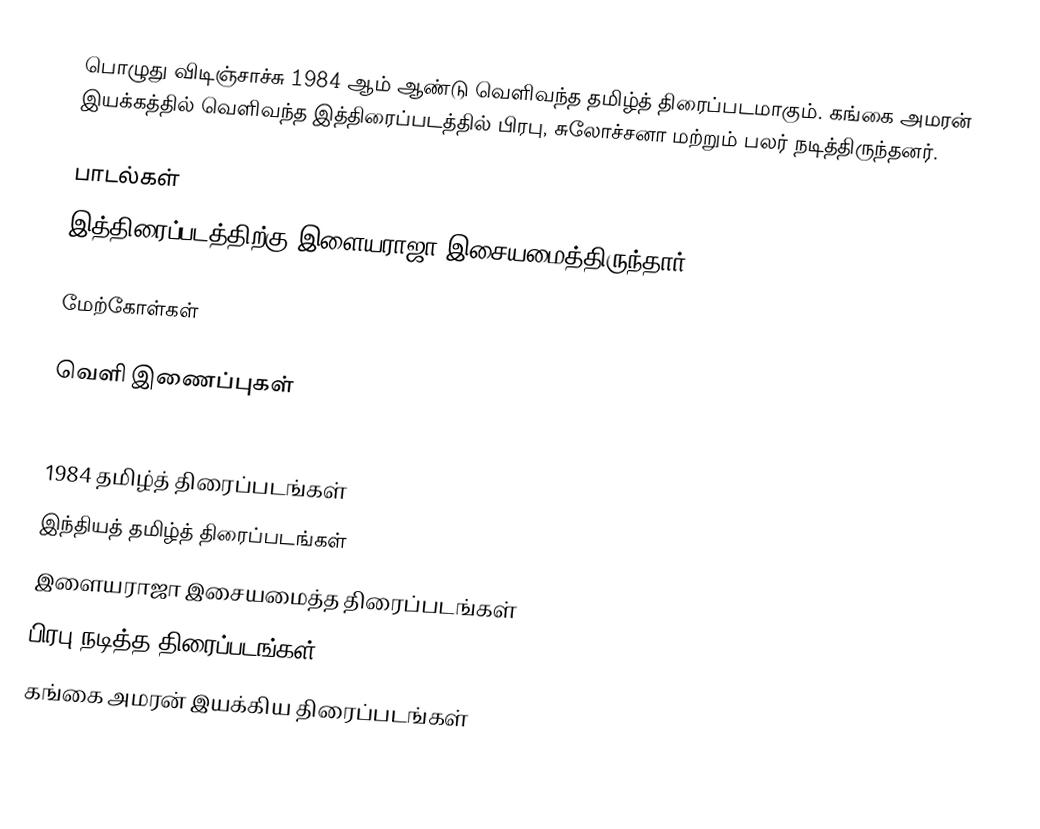
பொழுது விடிஞ்சாச்சு 1984 ஆம் ஆண்டு வெளிவந்த தமிழ்த் திரைப்படமாகும். கங்கை அமரன் இயக்கத்தில் வெளிவந்த இத்திரைப்படத்தில் பிரபு, சுலோச்சனா மற்றும் பலர் நடித்திருந்தனர்.

பாடல்கள்
இத்திரைப்படத்திற்கு இளையராஜா இசையமைத்திருந்தார்..

மேற்கோள்கள்

வெளி இணைப்புகள்

1984 தமிழ்த் திரைப்படங்கள்
இந்தியத் தமிழ்த் திரைப்படங்கள்
இளையராஜா இசையமைத்த திரைப்படங்கள்
பிரபு நடித்த திரைப்படங்கள்
கங்கை அமரன் இயக்கிய திரைப்படங்கள்